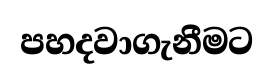
පහදවාගැනීමට